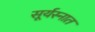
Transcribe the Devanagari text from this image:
सूर्यस्नात